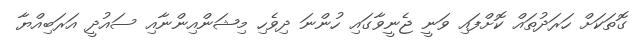
ގޮތަކަށް ހަރަދުތައް ކޮށްފައި ވަނީ ޖެނީވާގައި ހުންނަ ދިވެހި މިޝަންއިންނާއި ސައުދީ އަރަބިއްޔާ